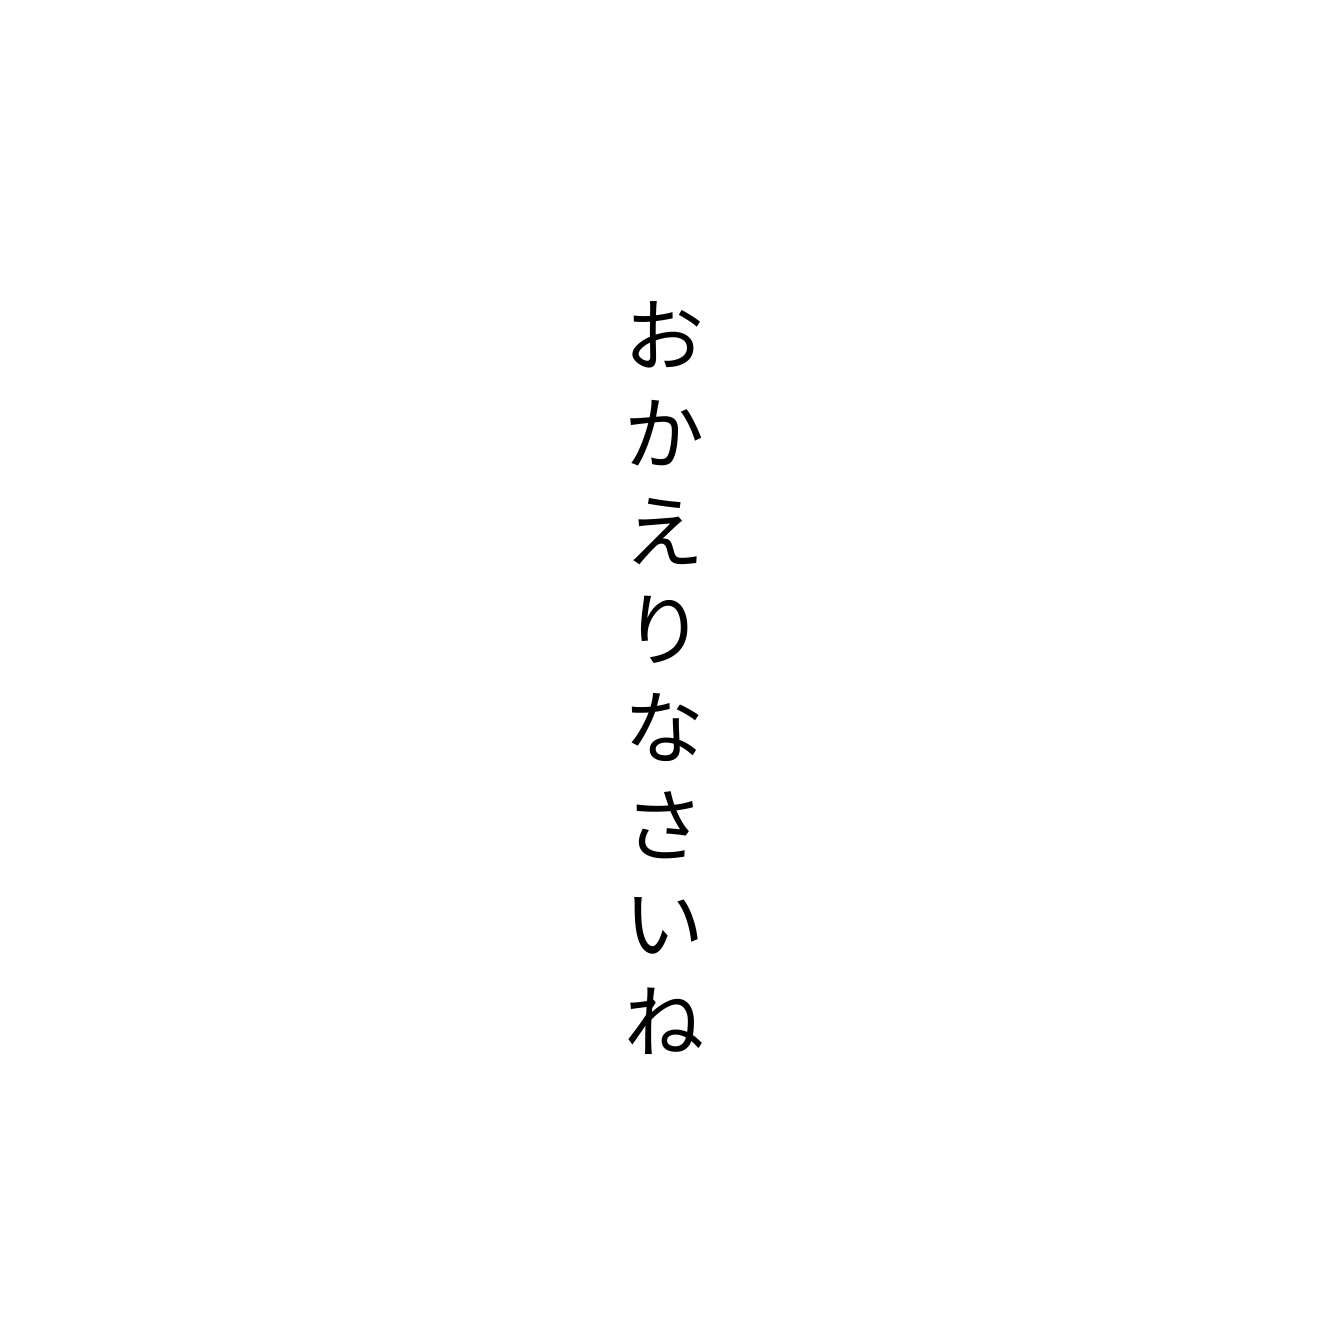
おかえりなさいね